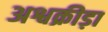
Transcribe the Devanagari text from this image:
अश्वक्रीड़ा